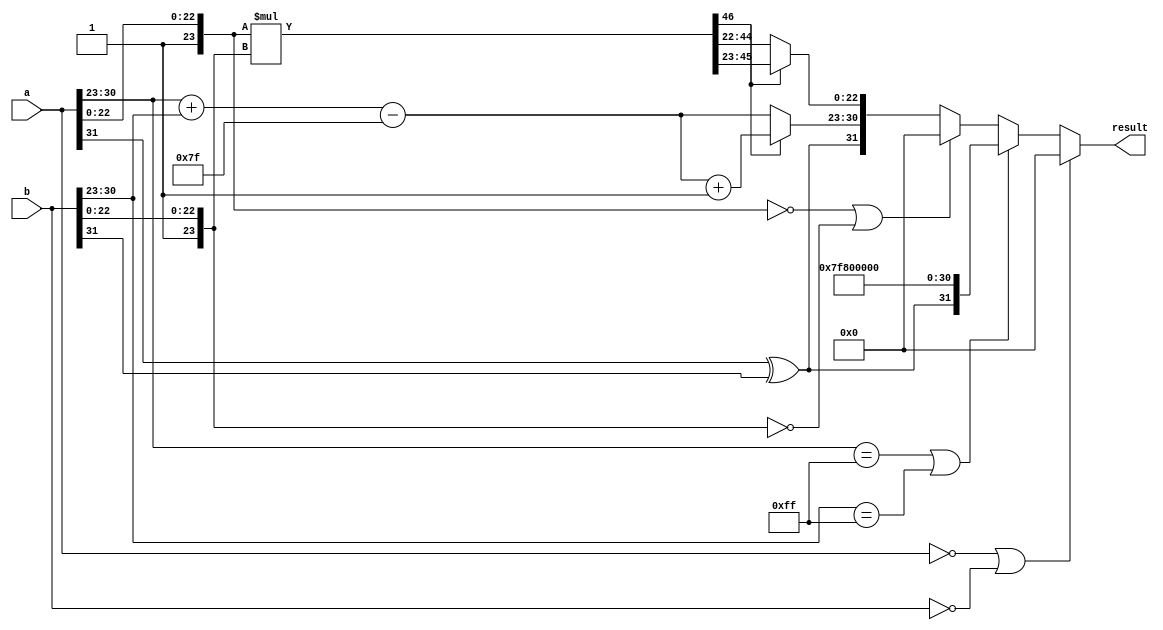
module floating_point_multiplier #(
    parameter E = 8, // Number of exponent bits
    parameter M = 23  // Number of mantissa bits
)(
    input wire [E + M:0] a, // Input floating point number a
    input wire [E + M:0] b, // Input floating point number b
    output reg [E + M:0] result // Output floating point number result
);

    // Constants
    localparam BIAS = (1 << (E - 1)) - 1;

    // Decomposing inputs
    wire sign_a = a[E + M]; // Sign bit of a
    wire sign_b = b[E + M]; // Sign bit of b
    wire [E - 1:0] exp_a = a[E + M - 1:E + M - E]; // Exponent of a
    wire [E - 1:0] exp_b = b[E + M - 1:E + M - E]; // Exponent of b
    wire [M:0] mant_a = {1'b1, a[M - 1:0]}; // Mantissa of a with implicit leading 1
    wire [M:0] mant_b = {1'b1, b[M - 1:0]}; // Mantissa of b with implicit leading 1

    // Sign calculation
    wire sign_result = sign_a ^ sign_b;

    // Exponent calculation
    wire [E:0] exp_result = exp_a + exp_b - BIAS; // Sum of exponents minus bias

    // Mantissa multiplication
    wire [2*M:0] mant_result = mant_a * mant_b; // Multiply mantissas

    // Normalization
    reg [M:0] mant_final;
    reg [E:0] exp_final;

    always @(*) begin
        if (mant_result[2*M]) begin // If the result is too large
            mant_final = mant_result[2*M - 1:M]; // Right shift mantissa
            exp_final = exp_result + 1; // Increment exponent
        end else begin
            mant_final = mant_result[2*M - 1:M - 1]; // Normalized mantissa
            exp_final = exp_result; // Keep exponent as is
        end
    end

    // Edge case handling
    always @(*) begin
        if (a == 0 || b == 0) begin
            result = 0; // Zero case
        end else if (exp_a == {E{1'b1}} || exp_b == {E{1'b1}}) begin
            result = {sign_result, {E{1'b1}}, {M{1'b0}}}; // Infinity case
        end else if (mant_a == 0 || mant_b == 0) begin
            result = 0; // Zero case
        end else begin
            // Assemble the result
            result = {sign_result, exp_final[E - 1:0], mant_final[M - 1:0]};
        end
    end

endmodule